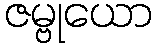
ဇမ္ဗုယော